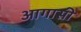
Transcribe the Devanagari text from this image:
आगासी